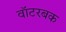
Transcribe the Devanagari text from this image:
वॉटरबक